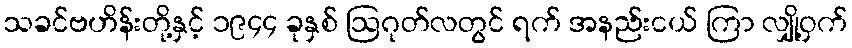
သခင်ဗဟိန်းတို့နှင့် ၁၉၄၄ ခုနှစ် ဩဂုတ်လတွင် ရက် အနည်းငယ် ကြာ လျှို့ဝှက်